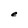
Character: e